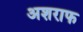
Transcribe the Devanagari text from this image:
अशराफ